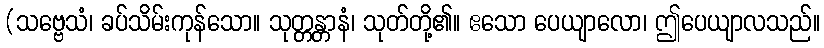
(သဗ္ဗေသံ၊ ခပ်သိမ်းကုန်သော။ သုတ္တန္တာနံ၊ သုတ်တို့၏။ ဧသော ပေယျာလော၊ ဤပေယျာလသည်။